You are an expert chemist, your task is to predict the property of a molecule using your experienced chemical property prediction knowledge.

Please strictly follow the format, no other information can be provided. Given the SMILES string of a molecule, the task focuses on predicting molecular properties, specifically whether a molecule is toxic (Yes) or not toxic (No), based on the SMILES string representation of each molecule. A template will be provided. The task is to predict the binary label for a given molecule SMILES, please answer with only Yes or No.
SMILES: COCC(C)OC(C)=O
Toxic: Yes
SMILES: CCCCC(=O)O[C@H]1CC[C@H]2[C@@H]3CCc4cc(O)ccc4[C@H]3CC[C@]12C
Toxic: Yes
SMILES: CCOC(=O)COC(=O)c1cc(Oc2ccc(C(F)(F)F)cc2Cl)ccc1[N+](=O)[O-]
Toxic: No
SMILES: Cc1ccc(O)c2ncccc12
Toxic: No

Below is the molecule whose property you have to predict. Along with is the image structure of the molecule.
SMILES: CC(C)c1nc(CN(C)C(=O)N[C@H](C(=O)N[C@@H](Cc2ccccc2)C[C@H](O)[C@H](Cc2ccccc2)NC(=O)OCc2cncs2)C(C)C)cs1
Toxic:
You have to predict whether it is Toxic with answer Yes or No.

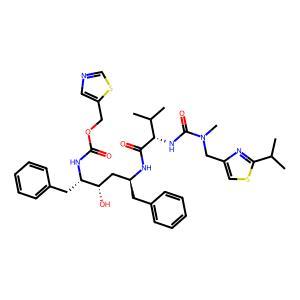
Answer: No